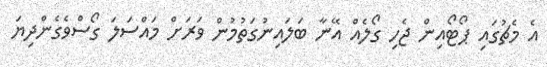
އެ މެޗުގައި ޕޯޓޯއިން ޖެހި ގޯލެއް އޭނާ ބަލައިނުގަތުމުން ވަރަށް މައްސަލަ ގޯސްވެގެންދިޔަ